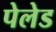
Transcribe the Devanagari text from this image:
पेलेड